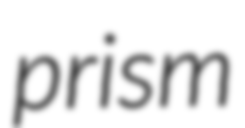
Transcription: prism